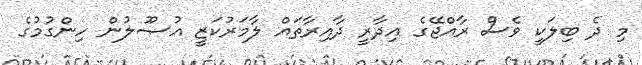
މި ދެ ބިލަކީ ވެސް ރާއްޖޭގެ އިދާރީ ދާއިރާތައް ލާމަރުކަޒީ އުޞޫލުން ހިންގުމުގެ